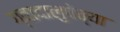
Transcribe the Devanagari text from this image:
ग्वादालुपेच्या